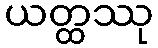
ယတ္ထဿု